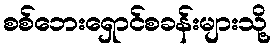
စစ်ဘေးရှောင်စခန်းများသို့